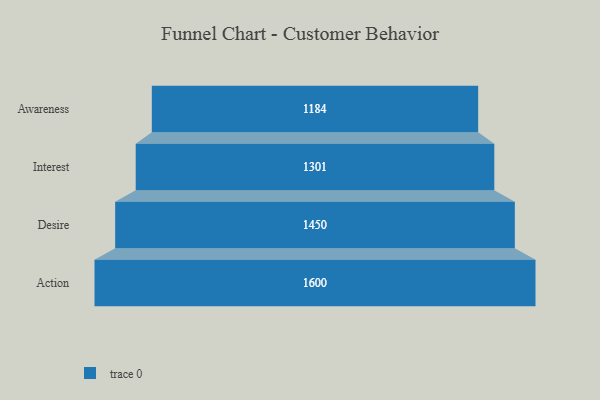
{"axis": {"x": "Stage", "y": "Value"}, "legend": [""], "data": [{"x": "Awareness", "y": 1184.0, "type": ""}, {"x": "Interest", "y": 1301.0, "type": ""}, {"x": "Desire", "y": 1450.0, "type": ""}, {"x": "Action", "y": 1600.0, "type": ""}]}